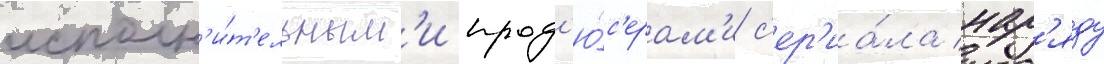
исполн'и́т'ельным'и прод'ю́с'ерам'и с'ер'иа́ла нар'яду